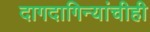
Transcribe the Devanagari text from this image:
दागदागिन्यांचीही